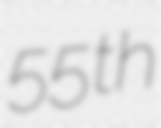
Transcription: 55th